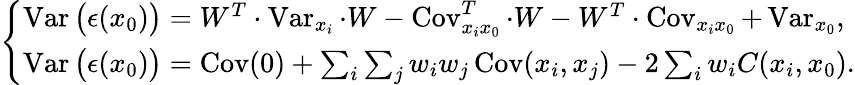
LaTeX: {\left\{ \begin{array}{ll}{\operatorname{Var}{\big(}\epsilon(x_{0}){\big)}=W^{T}\cdot\operatorname{Var}_{x_{i}}\cdot W-\operatorname{Cov}_{x_{i}x_{0}}^{T}\cdot W-W^{T}\cdot\operatorname{Cov}_{x_{i}x_{0}}+\operatorname{Var}_{x_{0}},}\\ {\operatorname{Var}{\big(}\epsilon(x_{0}){\big)}=\operatorname{Cov}(0)+\sum_{i}\sum_{j}w_{i}w_{j}\operatorname{Cov}(x_{i},x_{j})-2\sum_{i}w_{i}C(x_{i},x_{0}).}\end{array}\right.}